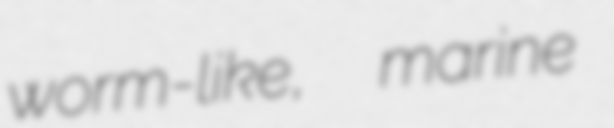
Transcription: worm-like,  marine